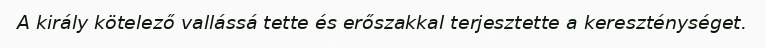
A király kötelező vallássá tette és erőszakkal terjesztette a kereszténységet.